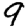
Digit: 9